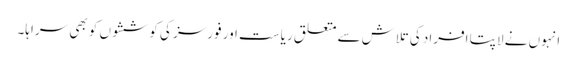
انہوں نے لاپتا افراد کی تلاش سے متعلق ریاست اور فورسز کی کوششوں کو بھی سراہا۔